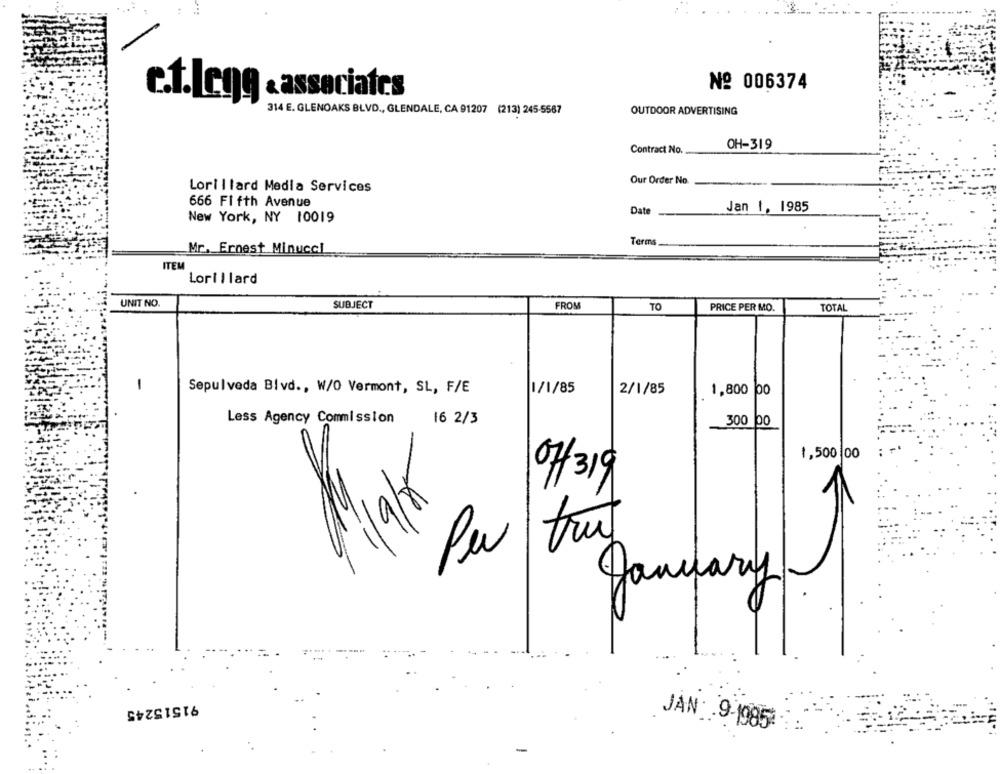
No 006374
c.f.Legg & associates
314 E. GLENOAKS BLVD ., GLENDALE, CA 91207 (213) 245-5567
OUTDOOR ADVERTISING
OH-319
Contract No.
Our Order No.
Lorillard Media Services
666 Fifth Avenue
Jan 1, 1985
New York, NY 10019
Date
Terms
Mr. Ernest Minucci
ITEM
Lorillard
UNIT NO.
SUBJECT
FROS
TO
PRICE PER MO.
TOTAL
1
Sepulveda Blvd ., W/O Vermont, SL, F/E
1/1/85
2/1/85
1,800 po
Less Agency Commission
16 2/3
300 00
...
1,500,00
off319
1
Miat
Per
January
91515245
JAN: . 9-1985: